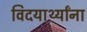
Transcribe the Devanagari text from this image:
विदयार्थ्यांना